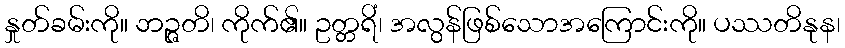
နှုတ်ခမ်းကို။ ဘဉ္ဇတိ၊ ကိုက်၏။ ဥတ္တရိံ၊ အလွန်ဖြစ်သောအကြောင်းကို။ ပဿတိနုန၊